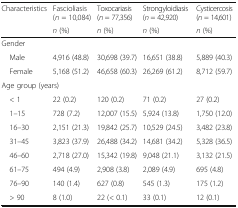
| Characteristics | Fascioliasis (n = 10,084) | Toxocariasis (n = 77,356) | Strongyloidiasis (n = 42,920) | Cysticercosis (n = 14,601) |
 |  | n (%) | n (%) | n (%) | n (%) |
 | --- | --- | --- | --- | --- |
 | <COLSPAN=5> Gender |
 | Male | 4,916 (48.8) | 30,698 (39.7) | 16,651 (38.8) | 5,889 (40.3) |
 | Female | 5,168 (51.2) | 46,658 (60.3) | 26,269 (61.2) | 8,712 (59.7) |
 | <COLSPAN=5> Age group (years) |
 | < 1 | 22 (0.2) | 120 (0.2) | 71 (0.2) | 27 (0.2) |
 | 1–15 | 728 (7.2) | 12,007 (15.5) | 5,924 (13.8) | 1,750 (12.0) |
 | 16–30 | 2,151 (21.3) | 19,842 (25.7) | 10,529 (24.5) | 3,482 (23.8) |
 | 31–45 | 3,823 (37.9) | 26,488 (34.2) | 14,681 (34.2) | 5,328 (36.5) |
 | 46–60 | 2,718 (27.0) | 15,342 (19.8) | 9,048 (21.1) | 3,132 (21.5) |
 | 61–75 | 494 (4.9) | 2,908 (3.8) | 2,089 (4.9) | 695 (4.8) |
 | 76–90 | 140 (1.4) | 627 (0.8) | 545 (1.3) | 175 (1.2) |
 | > 90 | 8 (1.0) | 22 (< 0.1) | 33 (0.1) | 12 (0.1) |